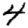
Digit: 4